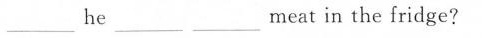
___ he ___ ___ meat in the fridge?